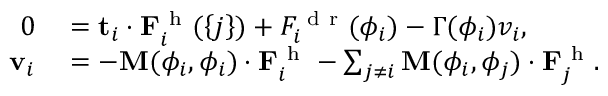
\begin{array} { r l } { 0 } & { { } = \mathbf { t } _ { i } \cdot \mathbf { F } _ { i } ^ { \mathrm { ~ h ~ } } ( \left\{ j \right\} ) + F _ { i } ^ { \mathrm { ~ d ~ r ~ } } ( \phi _ { i } ) - \Gamma ( \phi _ { i } ) v _ { i } , } \\ { \mathbf { v } _ { i } } & { { } = - \mathbf { M } ( \phi _ { i } , \phi _ { i } ) \cdot \mathbf { F } _ { i } ^ { \mathrm { ~ h ~ } } - \sum _ { j \ne i } \mathbf { M } ( \phi _ { i } , \phi _ { j } ) \cdot \mathbf { F } _ { j } ^ { \mathrm { ~ h ~ } } . } \end{array}